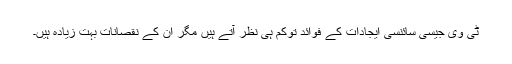
ٹی وی جیسی سائنسی ایجادات کے فوائد توکم ہی نظر آتے ہیں مگر ان کے نقصانات بہت زیادہ ہیں۔